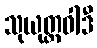
သုယုတ္တဝါဒီ